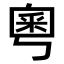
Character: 𫒀